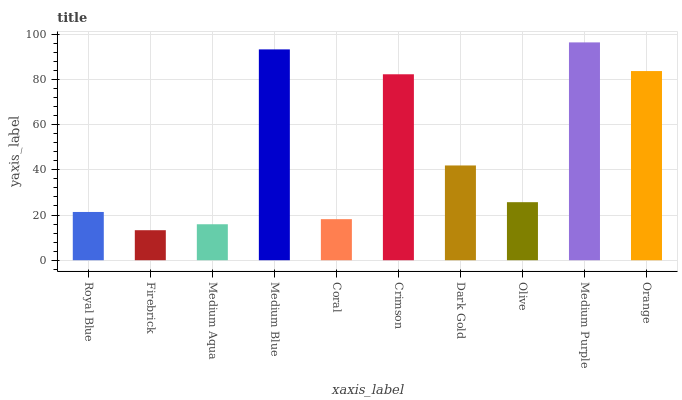
| xaxis_label | bars |
 | --- | --- |
 | Royal Blue | 21.3 |
 | Firebrick | 13.3 |
 | Medium Aqua | 15.9 |
 | Medium Blue | 93.3 |
 | Coral | 18.2 |
 | Crimson | 82.3 |
 | Dark Gold | 41.9 |
 | Olive | 25.7 |
 | Medium Purple | 96.4 |
 | Orange | 83.7 |